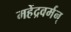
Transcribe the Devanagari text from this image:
महेंद्रवर्मन्‌